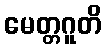
မေတ္တဂူတိ